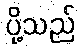
ပို့သည်